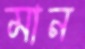
মান